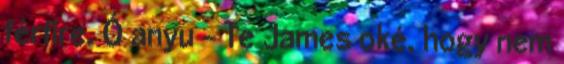
férfire. Ó anyu - Te James oké, hogy nem